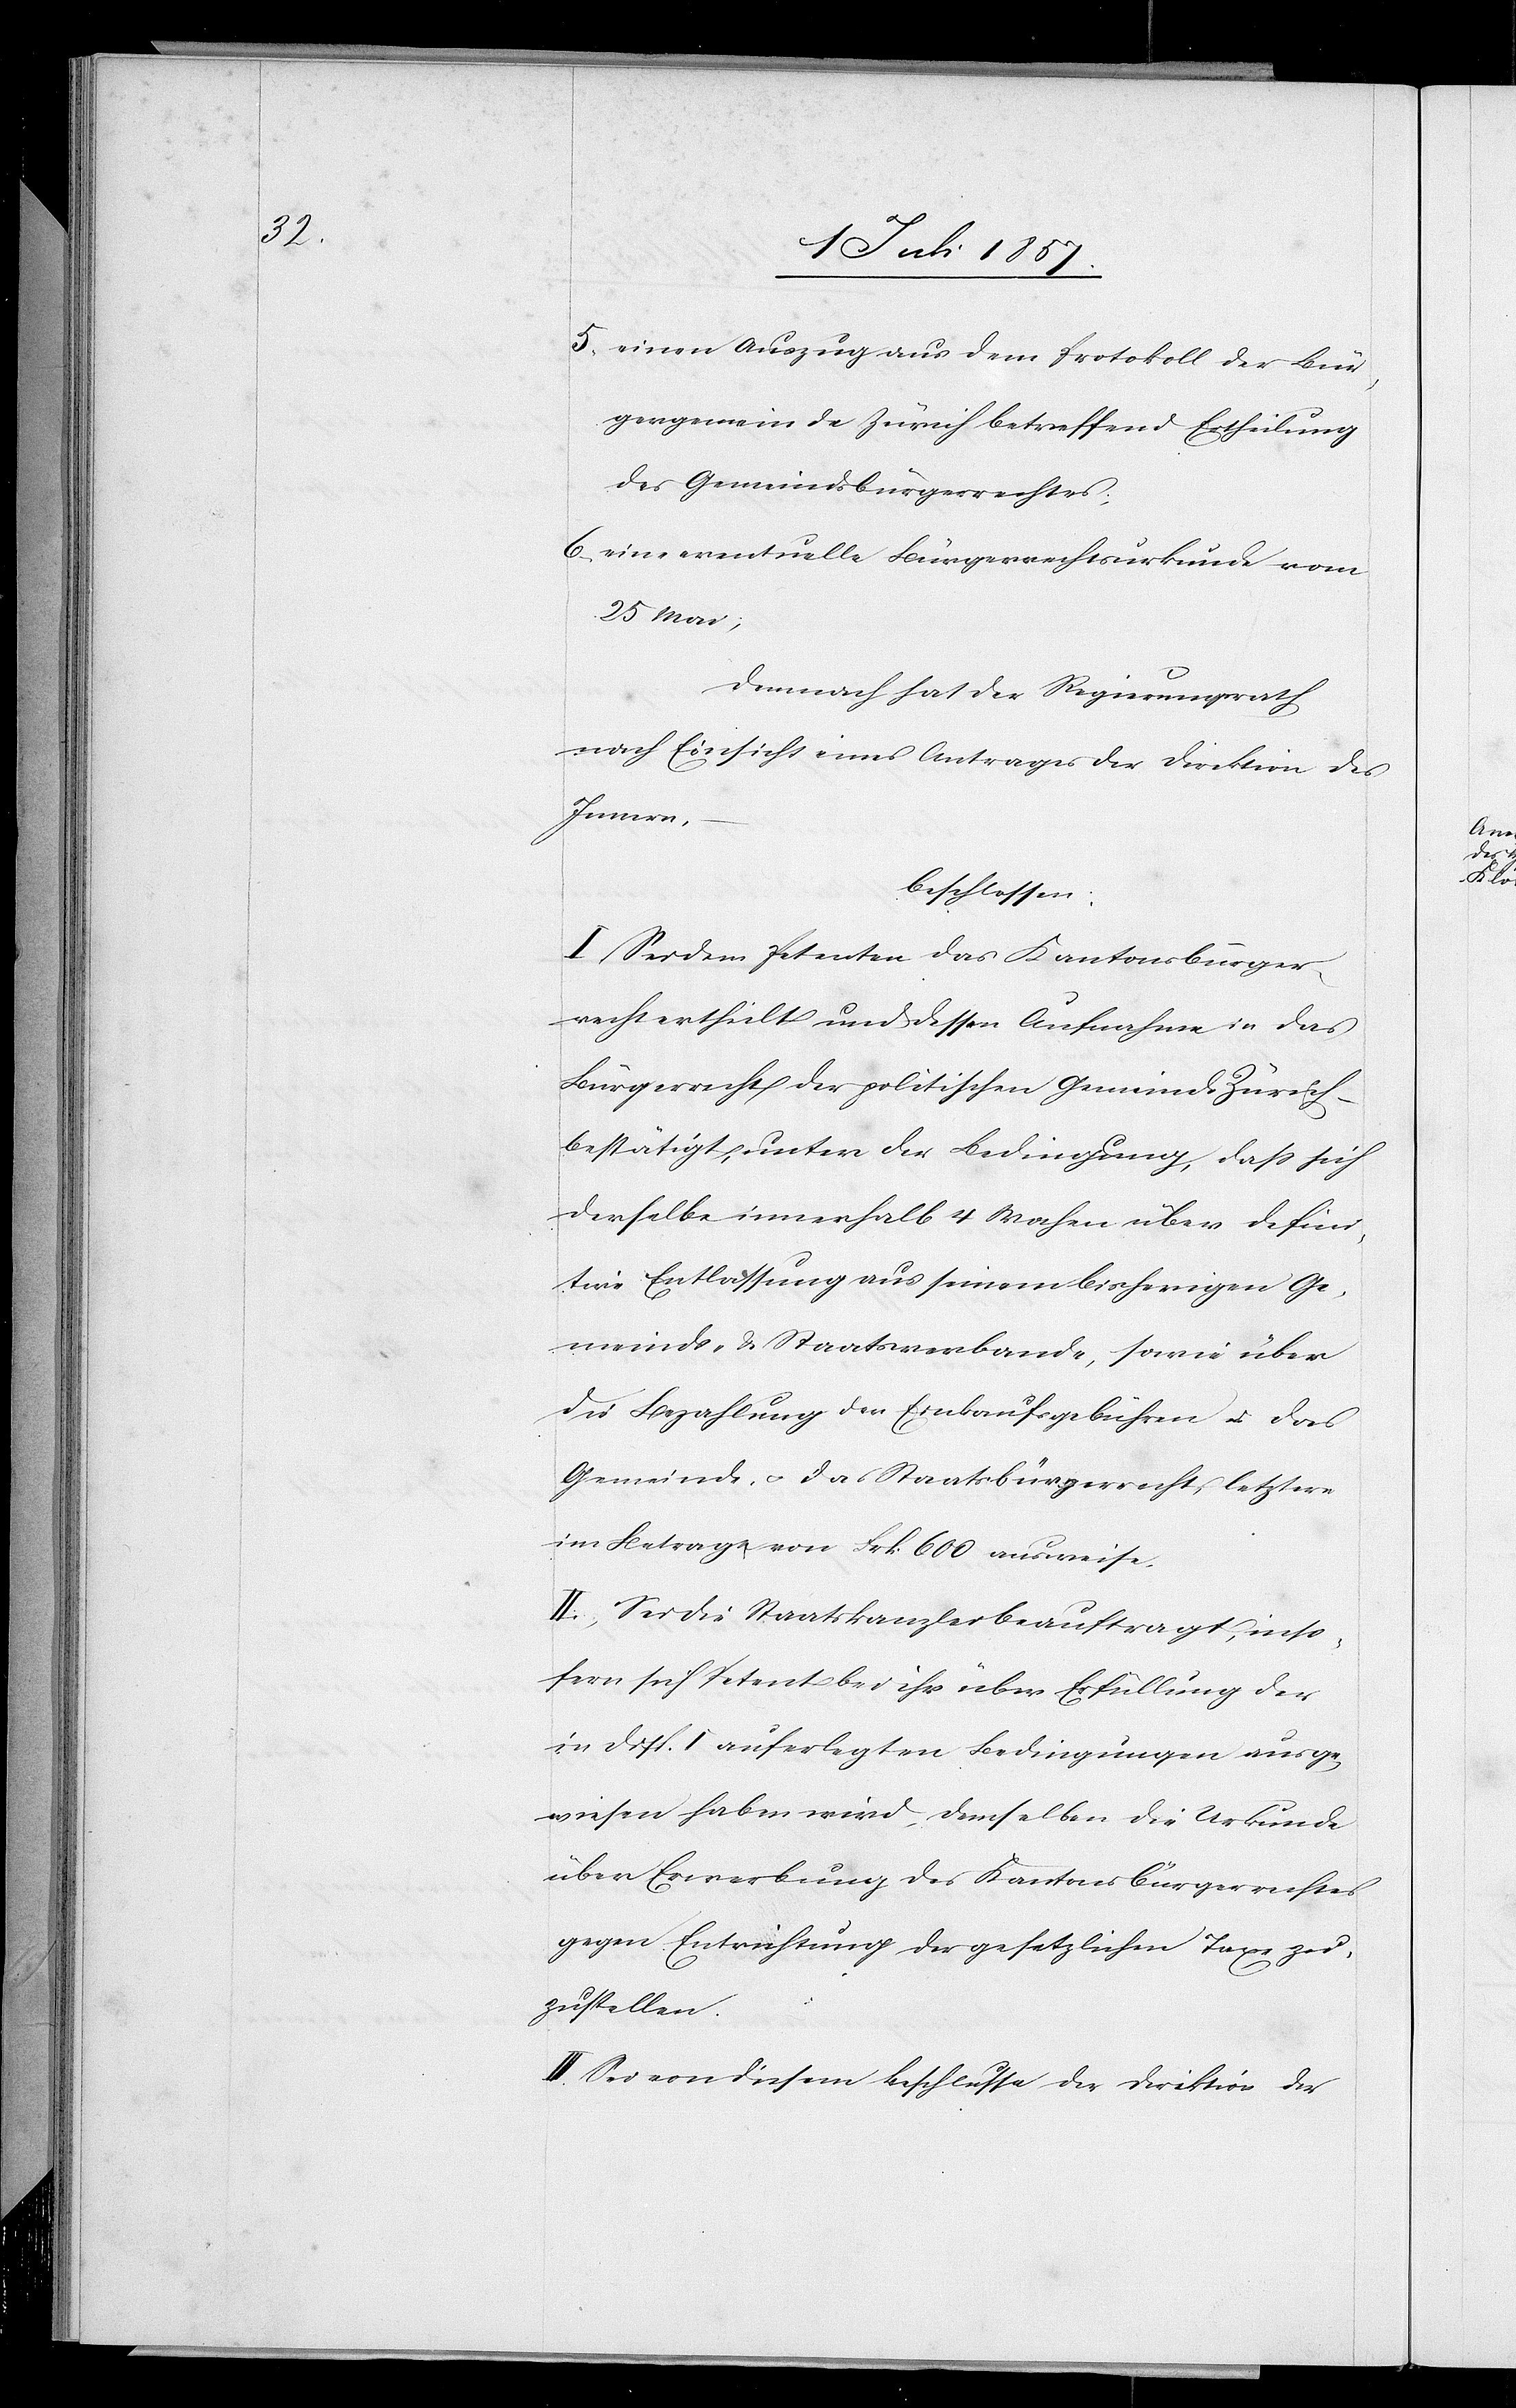
5, einen Auszug aus dem Protokoll der Bür¬
gergemeinde Zürich betreffend Ertheilung
des Gemeindsbürgerrechtes.
6, eine eventuelle Bürgerrechtsurkunde vom
25 Mai,
Demnach hat der Regierungsrath
nach Einsicht eines Antrages der Direktion des
Innern,
beschlossen:
I. Sei dem Petenten das Kantonsbürger¬
recht ertheilt und dessen Aufnahme in das
Bürgerrecht der politischen Gemeinde Zürich –
bestätigt, unter der Bedingung, daß sich
derselbe innerhalb 4 Wochen über defini¬
tive Entlassung aus seinem bisherigen Ge¬
meinde- & Staatsverbande, sowie über
die Bezahlung der Einkaufsgebühren & das
Gemeinde- & das Staatsbürgerrecht letztere
im Betrag von Frk. 600 ausweise.
II. Sei die Staatskanzlei beauftragt, inso¬
fern sich Petent bei ihr über Erfüllung der
in Disp. I auferlegten Bedingungen ausge¬
wiesen haben wird, demselben die Urkunde
über Erwerbung des Kantonsbürgerrechtes
gegen Entrichtung der gesetzlichen Taxe zu¬
zustellen.
III. Sei von diesem Beschlusse der Direktion der